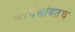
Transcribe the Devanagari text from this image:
त्याचेसोबतच